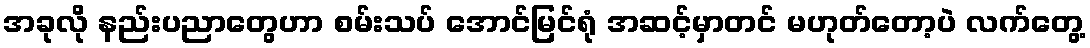
အခုလို နည်းပညာတွေဟာ စမ်းသပ် အောင်မြင်ရုံ အဆင့်မှာတင် မဟုတ်တော့ပဲ လက်တွေ့